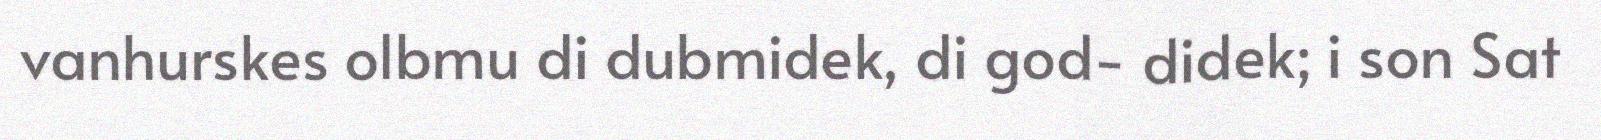
vanhurskes olbmu di dubmidek, di god- didek; i son Sat